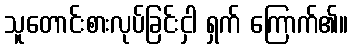
သူတောင်းစားလုပ်ခြင်းငှါ ရှက် ကြောက်၏။